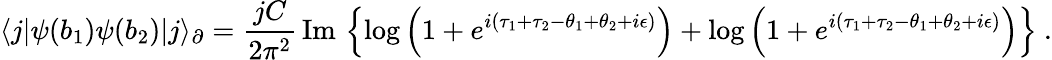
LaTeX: \langle j|\psi(b_{1})\psi(b_{2})|j\rangle_{\partial}=\frac{jC}{2\pi^{2}}\, \mathrm{Im}\, \left\lbrace\log\left(1+e^{i(\tau_{1}+\tau_{2}-\theta_{1}+\theta_{2}+i\epsilon)}\right)+\log\left(1+e^{i(\tau_{1}+\tau_{2}-\theta_{1}+\theta_{2}+i\epsilon)}\right)\right\rbrace\ .